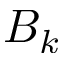
B _ { k }